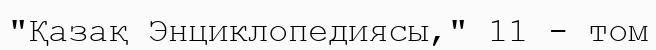
"Қазақ Энциклопедиясы," 11 - том